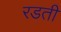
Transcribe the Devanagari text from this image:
रडती